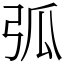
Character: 弧